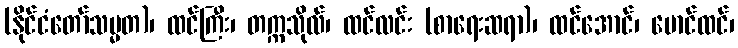
(နိုင်ငံတော်သမ္မတ)၊ ထင်ကြီး၊ တက္ကသိုလ်၊ ထင်လင်း (စာရေးဆရာ)၊ ထင်အောင်၊ မောင်ထင်၊